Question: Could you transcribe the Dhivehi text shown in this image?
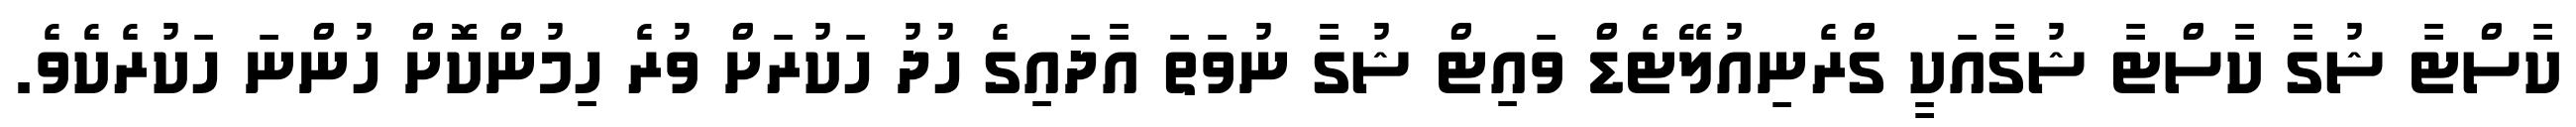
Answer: ކާސްޓާ ޝުގާ ކާސްޓާ ޝުގާއަކީ ގްރެނިއުލޭޓެޑް ވައިޓް ޝުގާ ނުވަތަ އާދައިގެ ހުދު ހަކުރަށް ވުރެ ހިމުންކޮށް ހުންނަ ހަކުރެކެވެ.